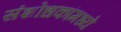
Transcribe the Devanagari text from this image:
संशोधकांमध्ये